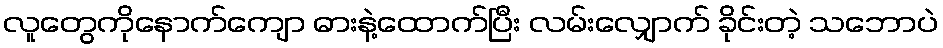
လူတွေကိုနောက်ကျော ဓားနဲ့ထောက်ပြီး လမ်းလျှောက် ခိုင်းတဲ့ သဘောပဲ